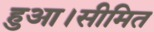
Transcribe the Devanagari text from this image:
हुआ।सीमित